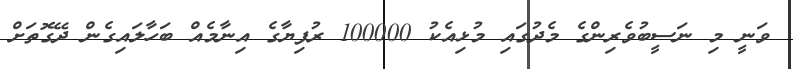
ވަނީ މި ނަސީބުވެރިންގެ މެދުގައި މުޅިއެކު 100000 ރުފިޔާގެ އިނާމެއް ބަހާލައިގެން ދޭގޮތަށް